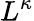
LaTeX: L^{\kappa}